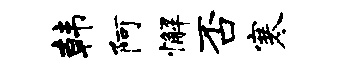
韩阿懈否寒